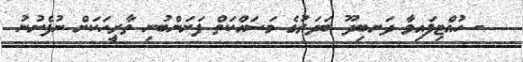
- ހުއްޓިފައިވާ ދަނބިދޫ ބަދަރުގެ މަސައްކަތް ފަށަންބުނި ތާރީހަކަށް ނުފެށުނު